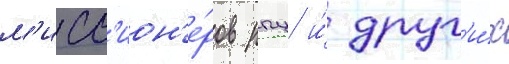
м'исс'ион'е́ров рпц и́ друг'и́х